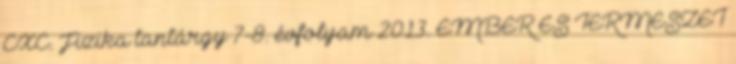
CXC. Fizika tantárgy 7-8. évfolyam 2013. EMBER ÉS TERMÉSZET